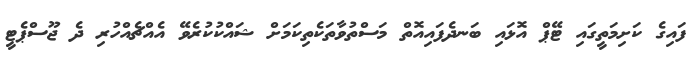
ފައިގެ ކަށިމަތީގައި ޓޭޕް އޮޅައި ބަނދެފައިއޮތް މަސްތުވާތަކެތިކަމަށް ޝައްކުކުރެވޭ އެއްޗެއްހުރި ދެ ޖޫސްޕެޓީ